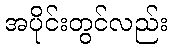
အပိုင်းတွင်လည်း